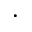
\cdot